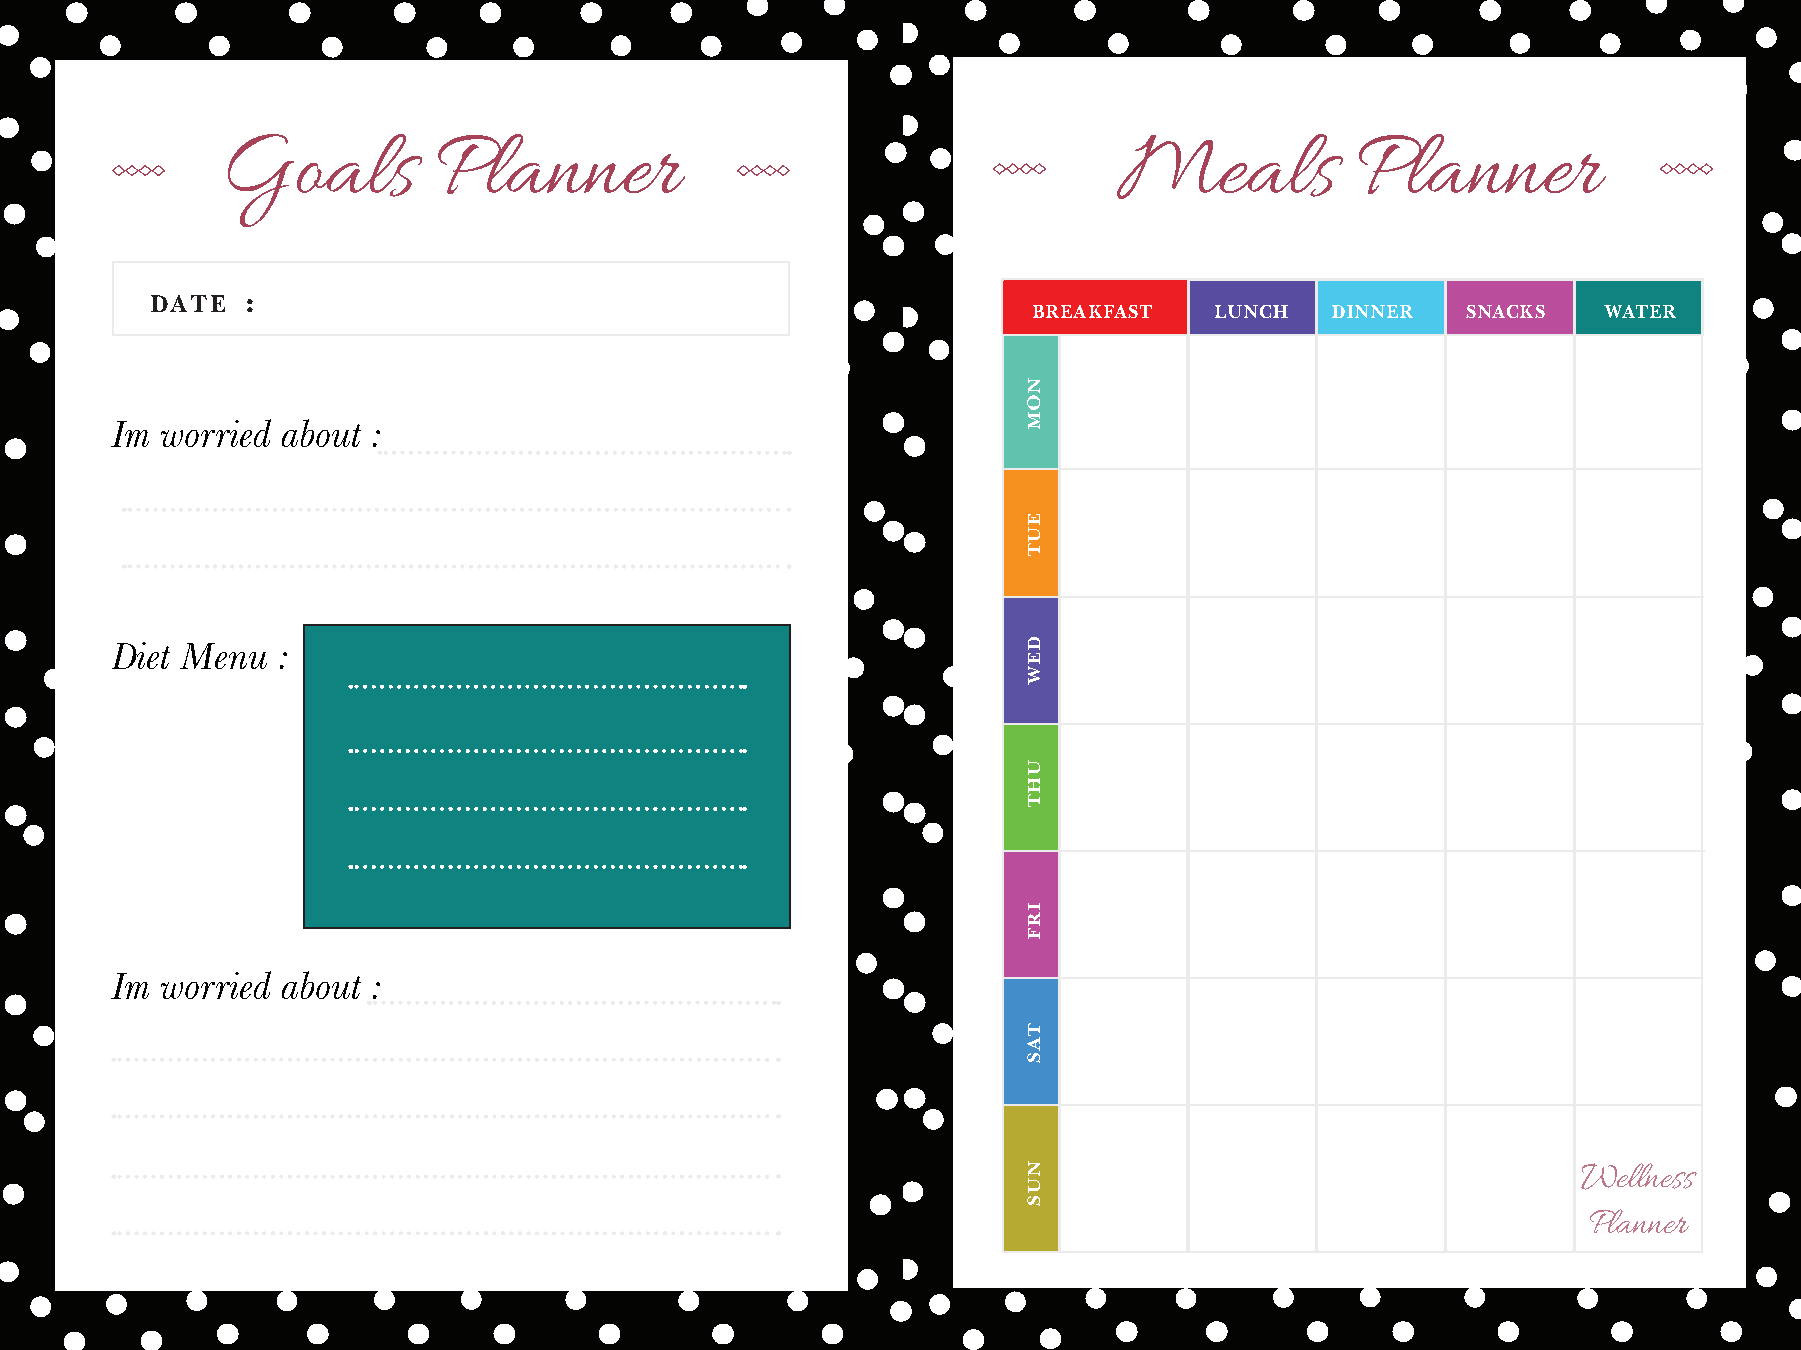
Goals         Planner                                      Meals           Planner
 DATE  :
 BREAKFAST   LUNCH   DINNER   SNACKS   WATER
 Im  worried about :
 Diet Menu  :
 Im  worried about :
 Wellness
 Planner
 NOM
 EUT
 DEW
 UHT
 IRF
 TAS
 NUS